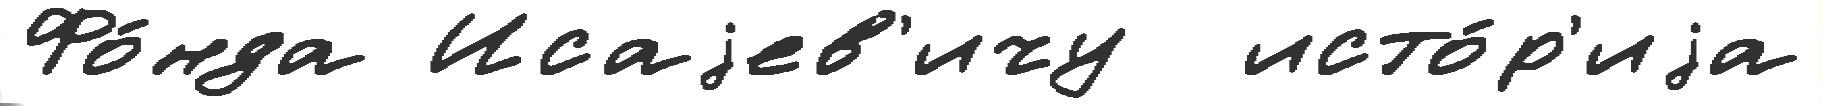
Фо́нда Исаjев'ичу  исто́р'иjа